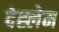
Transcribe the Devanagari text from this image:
देह्लेम